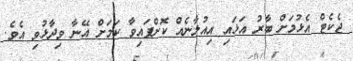
ޖެކެޓް އެޅުމަށް ބާރު އަޅައި އިއުލާނެއް ކޮށްފައިވާ ކަމަށް އޭނާ ވިދާޅުވި އެވެ.